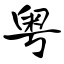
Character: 粤